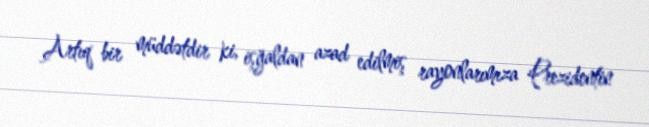
Artıq bir müddətdir ki, işğaldan azad edilmiş rayonlarımıza Prezidentin